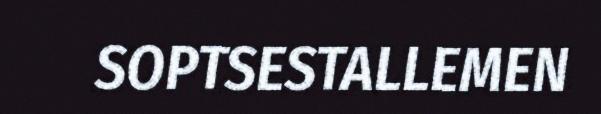
SOPTSESTALLEMEN